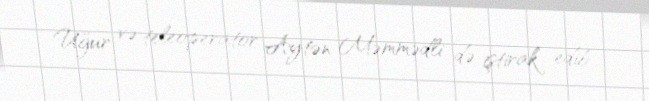
Uğur və teleoperator Aytən Məmmədli də iştirak edib.